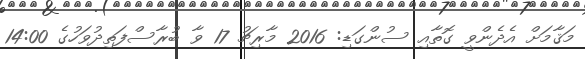
މަޤާމަށް އެދެންވީ ގޮތާއި ސުންގަޑި: 2016 މާރިޗު 17 ވާ ބުރާސްފަތިދުވަހުގެ 14:00